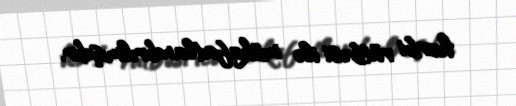
hərbi rütbəsi ilə mükafatlandırılmışdır.